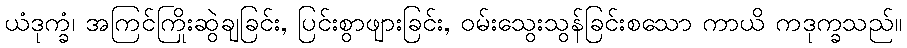
ယံဒုက္ခံ၊ အကြင်ကြိုးဆွဲချခြင်း, ပြင်းစွာဖျားခြင်း, ဝမ်းသွေးသွန်ခြင်းစသော ကာယိ ကဒုက္ခသည်။